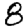
Digit: 8